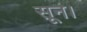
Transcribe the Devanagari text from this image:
सून।